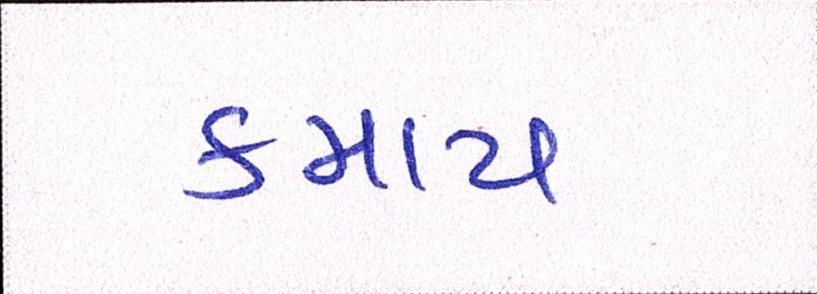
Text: કમાય